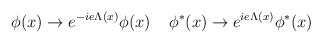
\begin{align*}\phi (x) \rightarrow e^{-ie \Lambda (x)} \phi (x)\; \; \; \;\phi ^{\ast} (x) \rightarrow e^{ie \Lambda (x)} \phi ^{\ast} (x)\end{align*}